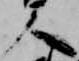
人